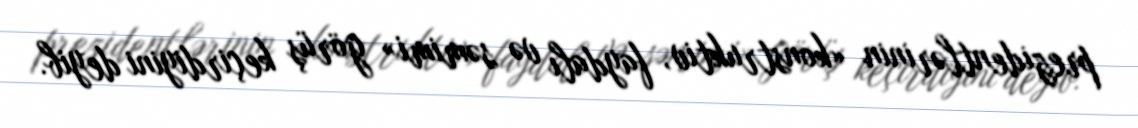
prezidentlərinin «konstruktiv, faydalı və səmimi» görüş keçirdiyini deyib.